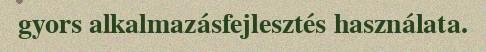
gyors alkalmazásfejlesztés használata.